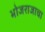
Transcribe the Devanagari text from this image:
भोजराजाचा